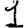
Digit: 1